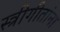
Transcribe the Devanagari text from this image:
स्त्रीगीतांना